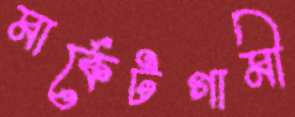
মার্কেটগামী